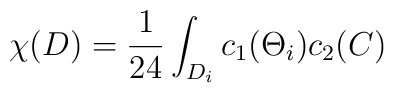
\chi(D) = \frac {1}{24} \int_{D_i} c_1 (\Theta_i) c_2(C)